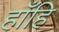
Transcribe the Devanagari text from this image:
हाँहि